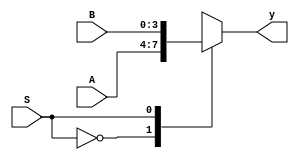
`timescale 1ns/1ns

//MUX de entrada de la instruccin de memoria
module MUX_1 (
    input [3:0]A,
    input [3:0]B,
    input S,
    output reg[3:0]y 
);

always @*
begin
    case (S)
        1'b0:
        begin
           y = A; 
        end 

        2'b1:
        begin
            y = B;
        end
    endcase     
end

endmodule

//MUX de entrada de Banco de Registros
module MUX_2 (
    input [31:0]A,
    input [31:0]B,
    input S,
    output reg[31:0]y 
);

always @*
begin
    case (S)
        1'b0:
        begin
           y = A; 
        end 

        2'b1:
        begin
            y = B;
        end
    endcase     
end

endmodule

//MUX de entrada del Add_1
module MUX_3 (
    input [31:0]A,
    input [31:0]B,
    input S,
    output reg[31:0]y 
);

always @*
begin
    case (S)
        1'b0:
        begin
           y = A; 
        end 

        2'b1:
        begin
            y = B;
        end
    endcase     
end

endmodule

//MUX de entrada de la Data Memory
module MUX_4 (
    input [31:0]A,
    input [31:0]B,
    input S,
    output reg[31:0]y 
);

always @*
begin
    case (S)
        1'b0:
        begin
           y = A; 
        end 

        2'b1:
        begin
            y = B;
        end
    endcase     
end

endmodule